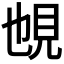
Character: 𧠉